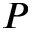
P